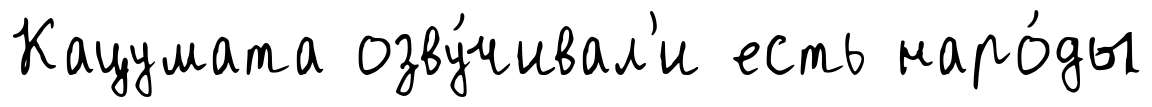
Кацумата озву́чивал'и есть наро́ды